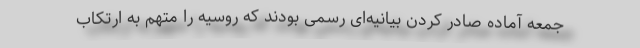
جمعه آماده صادر کردن بیانیه‌ای رسمی بودند که روسیه را متهم به ارتکاب